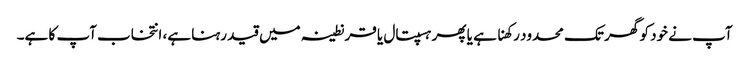
آپ نے خود کو گھر تک محدود رکھنا ہے یا پھر ہسپتال یا قرنطینہ میں قید رہنا ہے، انتخاب آپ کا ہے۔